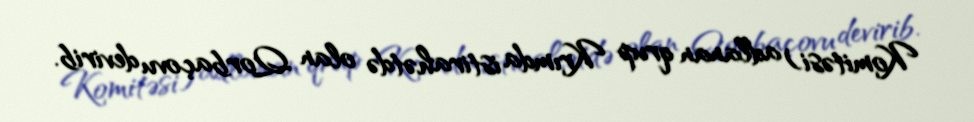
Komitəsi) adlanan qrup Krımda istirahətdə olan Qorbaçovu devirib.